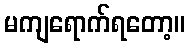
မကျရောက်ရတော့။